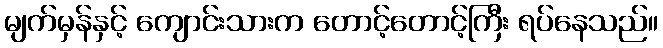
မျက်မှန်နှင့် ကျောင်းသားက တောင့်တောင့်ကြီး ရပ်နေသည်။